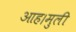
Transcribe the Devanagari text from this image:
आह।मुली